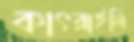
কাৎরাইলি